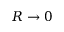
R \to 0